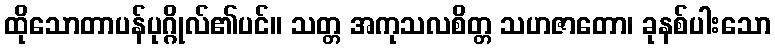
ထိုသောတာပန်ပုဂ္ဂိုလ်၏ပင်။ သတ္တ အကုသလစိတ္တ သဟဇာတော၊ ခုနစ်ပါးသော